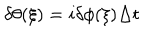
\delta \theta ( \xi ) = i \delta \phi ( \xi ) \Delta t